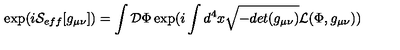
\exp ( i { \cal S } _ { e f f } [ g _ { \mu \nu } ] ) = \int { \cal D } \Phi \exp ( i \int d ^ { 4 } x \sqrt { - d e t ( g _ { \mu \nu } ) } { \cal L } ( \Phi , g _ { \mu \nu } ) )